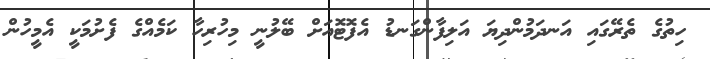
ހިތުގެ ތެރޭގައި އަނދަމުންދިޔަ އަލިފާންގަނޑު އެފޮޓޮއަށް ބޭލުނީ މިހުރިހާ ކަމެއްގެ ފެށުމަކީ އެމީހުން